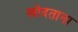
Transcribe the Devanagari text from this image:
खोदताना